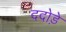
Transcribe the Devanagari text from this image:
ददोड़े